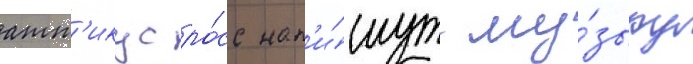
атт'икус ро́сс нап'и́шут му́зыку